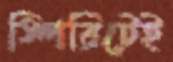
স্পিরিটেই